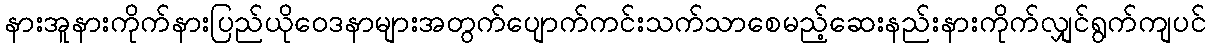
နားအူနားကိုက်နားပြည်ယိုဝေဒနာများအတွက်ပျောက်ကင်းသက်သာစေမည့်ဆေးနည်းနားကိုက်လျှင်ရွက်ကျပင်